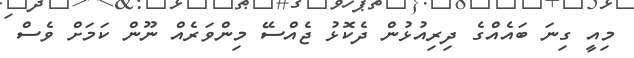
މިއީ ގިނަ ބައެއްގެ ދިރިއުޅުން ދެކޮޅު ޖެއްސޭ މިންވަރެއް ނޫން ކަމަށް ވެސް